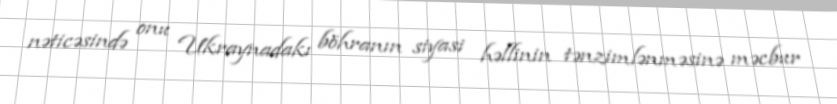
nəticəsində onu Ukraynadakı böhranın siyasi həllinin tənzimlənməsinə məcbur